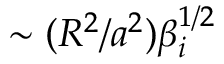
\sim ( R ^ { 2 } / a ^ { 2 } ) \beta _ { i } ^ { 1 / 2 }